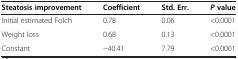
<table><thead><tr><td><b>Steatosis improvement</b></td><td><b>Coefficient</b></td><td><b>Std. Err.</b></td><td><b><i>P</i>value</b></td></tr></thead><tbody><tr><td>Initial estimated Folch</td><td>0.78</td><td>0.06</td><td>&lt;0.0001</td></tr><tr><td>Weight loss</td><td>0.68</td><td>0.13</td><td>&lt;0.0001</td></tr><tr><td>Constant</td><td>−40.41</td><td>7.79</td><td>&lt;0.0001</td></tr></tbody></table>